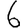
Digit: 6